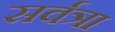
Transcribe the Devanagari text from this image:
सर्वत्रा